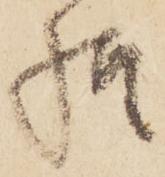
様